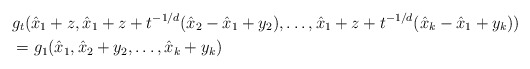
\begin{align*}& g_t(\hat{x}_1+z,\hat{x}_1+z+t^{-1/d}(\hat{x}_2-\hat{x}_1+y_2),\hdots,\hat{x}_1+z+t^{-1/d}(\hat{x}_k-\hat{x}_1+y_k))\\& =g_1(\hat{x}_1,\hat{x}_2+y_2,\hdots,\hat{x}_k+y_k)\end{align*}